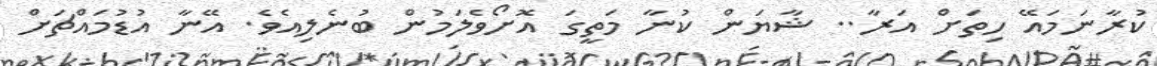
ކުރާނަމައޭ ހިތަށް އަރާ.. ޝާޔަން ކުނާ މަތީގަ އޮށޯވެލަމުން ބުނެލިއެވެ. އޭނާ އުޑުމައްޗަށް